Vaccination in Bombay 1856-1862 - 1856-1862
Year: 1856
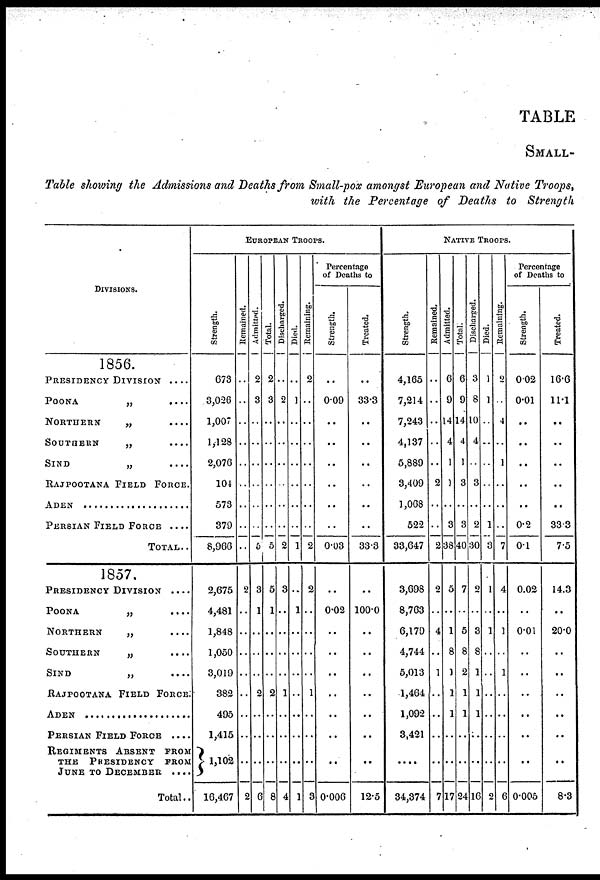
TABLE
SMALL-
Table showing the Admissions and Deaths from Small-pox amongst European and Native Troops,
with the Percentage of Deaths to Strength
DIVISIONS.
1856.
PRESIDENCY DIVISION ....
POONA
„
....
NORTHERN
„
....
SOUTHERN
„
....
SIND
„
....
RAJPOOTANA FIELD FORCE.
ADEN ..........................
PERSIAN FIELD FORCE ....
TOTAL..
1857.
PRESIDENCY DIVISION ....
POONA
„
....
NORTHERN
„
....
SOUTHERN
„
....
SIND
„
....
RAJPOOTANA FIELD FORCE.
ADEN ............................
PERSIAN FIELD FORCE ....
REGIMENTS ABSENT FROM
THE PRESIDENCY FROM
JUNE TO DECEMBER
Total..
EUROPEAN TROOPS.
Strength.
673
3,026
1,007
1,128
2,076
104
573
379
8,966
2,675
4,481
1,848
1,050
3,019
382
495
1,415
1,102
16,467
Remained.
..
..
..
..
..
..
..
..
..
2
..
..
..
..
..
..
..
..
2
Admitted.
2
3
..
..
..
..
..
..
5
3
1
..
..
..
2
..
..
..
6
Total.
2
3
..
..
..
..
..
..
5
5
1
..
..
..
2
..
..
..
8
Discharged.
..
2
..
..
..
..
..
..
2
3
..
..
..
..
1
..
..
..
4
Died.
..
1
..
..
..
..
..
..
1
..
1
..
..
..
..
..
..
..
1
Remaining.
2
..
..
..
..
..
..
..
2
2
..
..
..
..
1
..
..
..
3
Percentage
of Deaths to
Strength.
..
0.09
..
..
..
..
..
..
0.03
..
0.02
..
..
..
..
..
..
..
0.006
Treated.
..
33.3
..
..
..
..
..
..
33.3
..
100.0
..
..
..
..
..
..
..
12.5
NATIVE TROOPS.
Strength.
4,165
7,214
7,243
4,137
5,889
3,409
1,068
522
33,647
3,698
8,763
6,179
4,744
5,013
1,464
1,092
3,421
..
34,374
Remained.
..
..
..
..
..
2
..
..
2
2
..
4
..
1
..
..
..
..
7
Admitted.
6
9
14
4
1
1
..
3
38
5
..
1
8
1
1
1
..
..
17
Total.
6
9
14
4
1
3
..
3
40
7
..
5
8
2
1
1
..
..
24
Discharged.
3
8
10
4
..
3
..
2
30
2
..
3
8
1
1
1
..
..
16
Died.
1
1
..
..
..
..
..
1
3
1
..
1
..
..
..
..
..
..
2
Remaining.
2
..
4
..
1
..
..
..
7
4
..
1
..
1
..
..
..
..
6
Percentage
of Deaths to
Strength.
0.02
0.01
..
..
..
..
..
0.2
0.1
0.02
..
0.01
..
..
..
..
..
..
0.005
Treated.
16.6
11.1
..
..
..
..
..
33.3
7.5
14.3
..
20.0
..
..
..
..
..
..
8.3